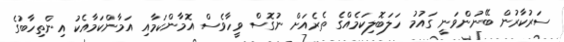
ސަރުކާރުން ބޭނުންވަނީ ގައުމު ހަލަބޮލިކަމެއްގެ ތެރެއަށް ނުގޮސް ވީހާވެސް އޮމާންކަމާއި އަމާންކަމާއެކު އިންތިހާބުގެ